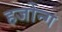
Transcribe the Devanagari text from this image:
हजोन्ग